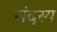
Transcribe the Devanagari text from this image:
संदस्य